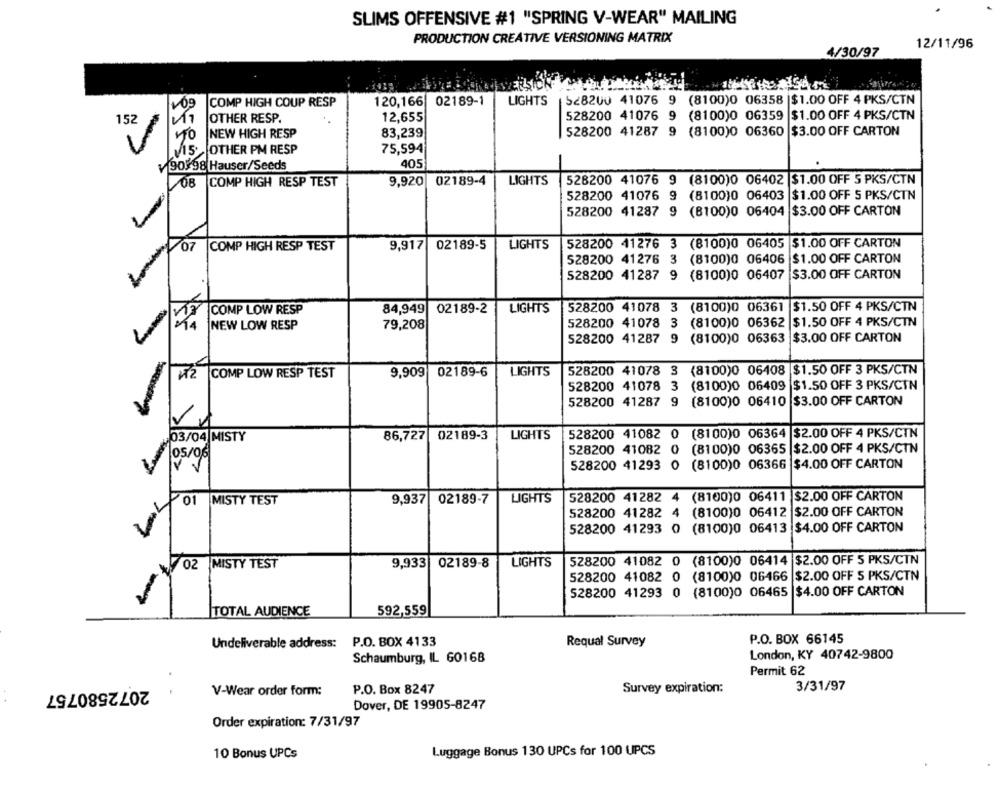
SLIMS OFFENSIVE #1 "SPRING V-WEAR" MAILING
PRODUCTION CREATIVE VERSIONING MATRIX
12/11/96
4/30/97
COMP HIGH COUP RESP
120,166 02189-1
LIGHTS |528200 41076 9 (8100)0 06358 |$1.00 OFF 4 PKS/CTN
152
OTHER RESP.
12,655
528200 41076 9 (8100)0 06359 $1.00 OFF 4 PKS/CTN
1TO NEW HIGH RESP
83,239
|528200 41287 9 (8100)0 06360 $3.00 OFF CARTON
V15 OTHER PM RESP
75,594
v 90198 Hauser/Seeds
405
9,920
02189-4
LIGHTS
528200 41076 9 (8100)0 06402 $1.00 OFF 5 PKS/CTN
OB COMP HIGH RESP TEST
528200 41076
(8100)0 06403 $1.00 OFF 5 PKS/CTN
528200 41287 9
(B100)0 06404 $3.00 OFF CARTON
07
02189-5
LIGHTS
528200 41276 3 (8100)0 06405 $1.00 OFF CARTON
COMP HIGH RESP TEST
9,917
528200 41276
3
(8100)0 06406 $1.00 OFF CARTON
528200 41287
9
(8100)0 06407 $3.00 OFF CARTON
LIGHTS
528200 41078 3 (8100)0 06361 $1.50 OFF 4 PKS/CTN
COMP LOW RESP
84,949 02189-2
528200 41078 3 (8100)0 06362
$1.50 OFF 4 PKS/CTN
NEW LOW RESP
79,208
528200 41287 9 (8100)0 06363
$3.00 OFF CARTON
02189-6
LIGHTS
528200 41078 3 (8100)0 06408 $1.50 OFF 3 PKS/CTN
COMP LOW RESP TEST
9,909
528200 41078 3
(8100)0 06409 $1.50 OFF 3 PKS/CIN
528200 41287 9
(8100)0 06410 $3.00 OFF CARTON
02189-3
LIGHTS
528200 41082
0
(8100)0 06364 $2.00 OFF 4 PKS/CTN
03/04 MISTY
86,727
528200 41082 0
(8100)0 06365 $2.00 OFF 4 PKS/CTN
05/06
V V
528200 41293 0
(8100)0 06366 $4.00 OFF CARTON
LIGHTS
528200 41282 4
(8100)0 06411
$2.00 OFF CARTON
01 MISTY TEST
9,937
02189-7
528200 41282 4 (8100)0 06412 $2.00 OFF CARTON
528200 41293 0
(8100)0 06413 $4.00 OFF CARTON
528200 41082 0 (8100)0 06414 $2.00 OFF 5 PKS/CTN
02 MISTY TEST
9,933 02189-8
LIGHTS
528200 41082
0
(8100)0 06466 $2.00 OFF 5 PKS/CTN
-
528200 41293 0 (8100)0 06465 $4.00 OFF CARTON
TOTAL AUDIENCE
592,559
P.O. BOX 66145
Undeliverable address:
P.O. BOX 4133
Requal Survey
Schaumburg, IL 60168
London, KY 40742-9800
Permit 62
2072580757
P.O. Box 8247
Survey expiration:
3/31/97
V-Wear order form:
. .
Dover, DE 19905-8247
Order expiration: 7/31/97
10 Bonus UPCs
Luggage Bonus 130 UPCs for 100 UPCS